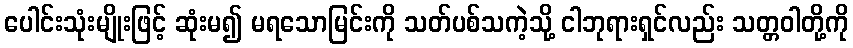
ပေါင်းသုံးမျိုးဖြင့် ဆုံးမ၍ မရသောမြင်းကို သတ်ပစ်သကဲ့သို့ ငါဘုရားရှင်လည်း သတ္တဝါတို့ကို